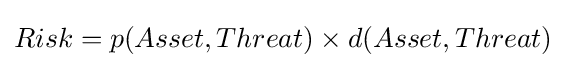
{\textstyle Risk=p(Asset,Threat)\times d(Asset,Threat)}